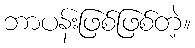
ဘာပန်းဖြစ်ဖြစ်တဲ့။